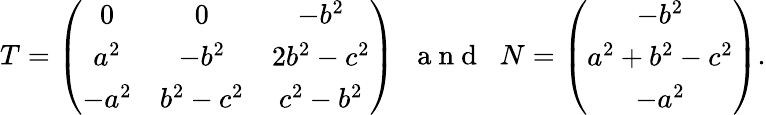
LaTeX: T=\left(\begin{array}{ccc}{0}&{0}&{-b^{2}}\\ {a^{2}}&{-b^{2}}&{2b^{2}-c^{2}}\\ {-a^{2}}&{b^{2}-c^{2}}&{c^{2}-b^{2}}\end{array}\right)\; \; \mathrm{~a~n~d~}\; \; N=\left(\begin{array}{c}{-b^{2}}\\ {a^{2}+b^{2}-c^{2}}\\ {-a^{2}}\end{array}\right).